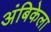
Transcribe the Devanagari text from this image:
अंबिकेला